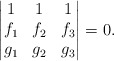
\begin{align*} \begin{vmatrix}1&1&1\\f_1&f_2&f_3\\g_1&g_2&g_3\end{vmatrix}=0.\end{align*}